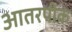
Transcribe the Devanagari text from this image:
आतरपीक